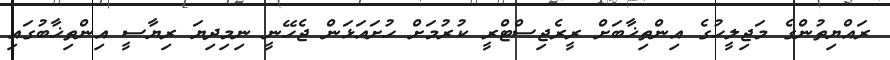
ރައްޔިތުންގެ މަޖިލީހުގެ އިންތިޚާބަށް ރީރެޖިސްޓްރީ ކުރުމަށް ހުށައަޅަން ޖެހޭނީ ނިމިދިޔަ ރިޔާސީ އިންތިޚާބުގައި